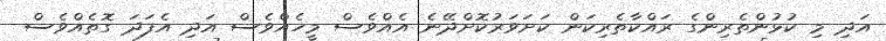
އަދި މި ކުޅުންތެރިންގެ ރައްކާތެރިކަން ކަށަވަރުކޮށްދޭނެ އެއްވެސް މީހެއްވެސް އަދި އެފަދަ ގޮތެއްވެސް